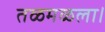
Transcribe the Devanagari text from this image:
तळमळला।